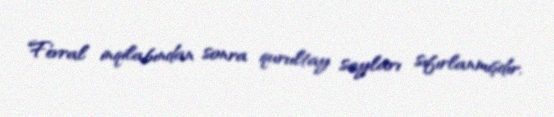
Fevral inqilabından sonra qurultay sayları sıfırlanmışdır.